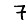
Digit: 7